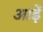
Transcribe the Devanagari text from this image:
आड़ें